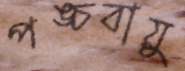
পঙ্চবায়ু